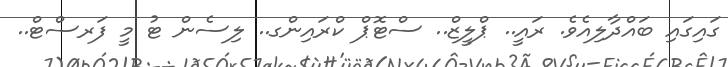
ގައިގައި ބައްދާލިއެވެ. ރައީ.. ޕްލީޒް.. ސްޓޮޕް ކްރައިންގ.. ލިސެން ޓު މީ ފަރސްޓް..